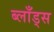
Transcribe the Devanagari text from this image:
ब्लाँड्स